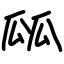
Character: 㼌